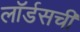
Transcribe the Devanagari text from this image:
लॉर्डसची